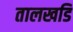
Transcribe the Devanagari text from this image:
तालखडि